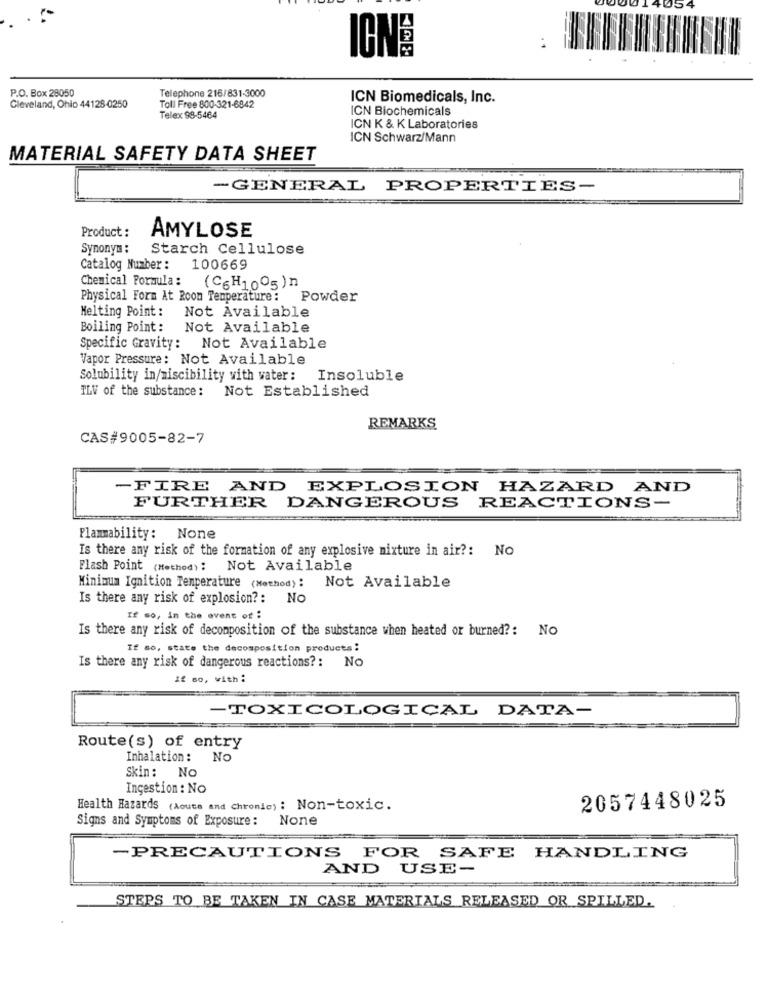
4054
IONS
P.O. Box 28050
Telephone 216/831-3000
ICN Biomedicals, Inc.
Cleveland, Ohio 44128-0250
Toll Free 800-321-6842
ICN Biochemicals
Telex 98-5464
ICN K & K Laboratories
ICN Schwarz/Mann
MATERIAL SAFETY DATA SHEET
-GENERAL PROPERTIES-
Product :
AMYLOSE
Synonym :
Starch Cellulose
Catalog Number: 100669
Chemical Formula :
(C6H10º5)n
Physical Form At Room Temperature: Powder
Melting Point :
Not Available
Boiling Point :
Not Available
Specific Gravity:
Not Available
Vapor Pressure: Not Available
Solubility in/miscibility with water: Insoluble
TLV of the substance:
Not Established
REMARKS
CAS#9005-82-7
-FIRE AND EXPLOSION HAZARD
AND
FURTHER DANGEROUS REACTIONS-
Flammability: None
Is there any risk of the formation of any explosive mixture in air ?: No
Flash Point (Method): Not Available
Minimum Ignition Temperature (Method): Not Available
Is there any risk of explosion? :
No
If so, in the event of :
Is there any risk of decomposition of the substance when heated or burned ?: No
If so, state the decomposition products:
Is there any risk of dangerous reactions ?: No
if so, with:
-TOXICOLOGICAL DATA-
Route(s) of entry
Inhalation :
No
Skin: No
Ingestion : No
2057448025
Health Hazards (Acute and Chronic) : Non-toxic.
Signs and Symptoms of Exposure :
-PRECAUTIONS FOR SAFE HANDLING
AND USE-
STEPS TO BE TAKEN IN CASE MATERIALS RELEASED OR SPILLED.